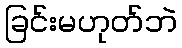
ခြင်းမဟုတ်ဘဲ